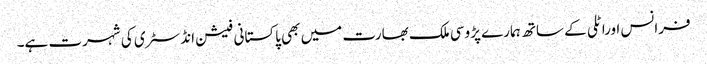
فرانس اوراٹلی کے ساتھ ہمارے پڑوسی ملک بھارت میں بھی پاکستانی فیشن انڈسٹری کی شہرت ہے۔